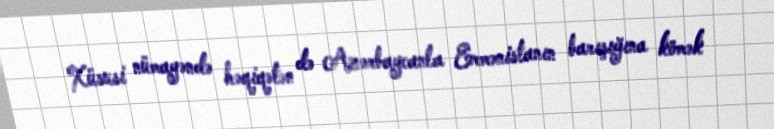
Xüsusi nümayəndə həqiqətən də Azərbaycanla Ermənistanın barışığına kömək